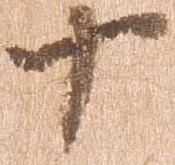
十